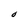
Character: O